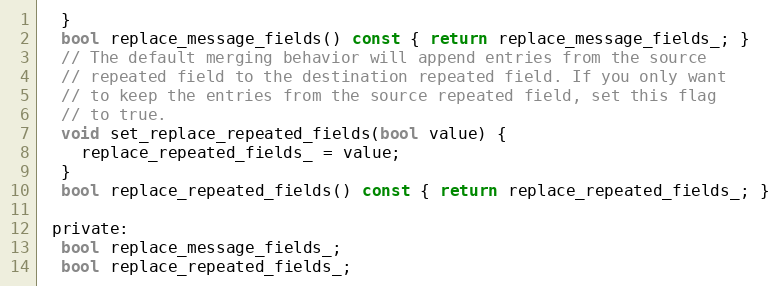
Language: C
  }
  bool replace_message_fields() const { return replace_message_fields_; }
  // The default merging behavior will append entries from the source
  // repeated field to the destination repeated field. If you only want
  // to keep the entries from the source repeated field, set this flag
  // to true.
  void set_replace_repeated_fields(bool value) {
    replace_repeated_fields_ = value;
  }
  bool replace_repeated_fields() const { return replace_repeated_fields_; }

 private:
  bool replace_message_fields_;
  bool replace_repeated_fields_;